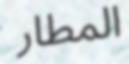
المطار